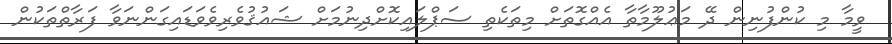
ވީމާ މި ކުންފުނިން ދޭ މަޢުލޫމާތާ އެއްގޮތަށް މިތަކެތި ސަޕްލައިކޮށްދިނުމަށް ޝައުޤުވެރިވެވަޑައިގަންނަވާ ފަރާތްތަކުން